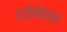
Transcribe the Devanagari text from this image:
डाईमेकस